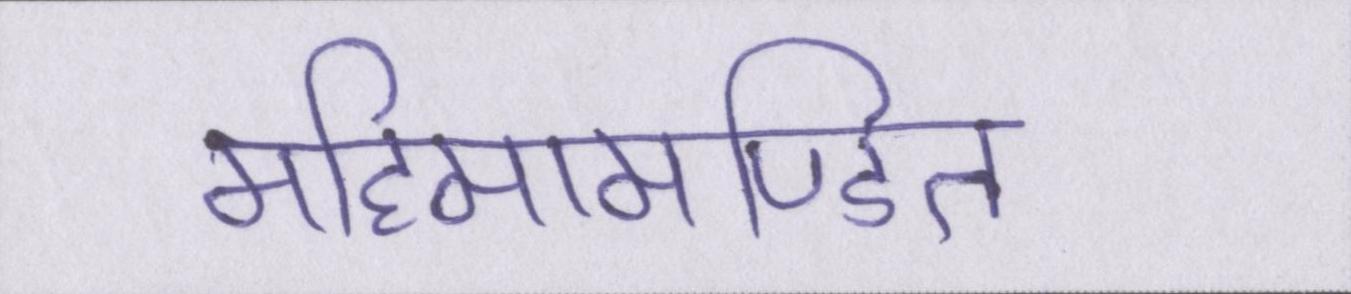
महिमामण्डित